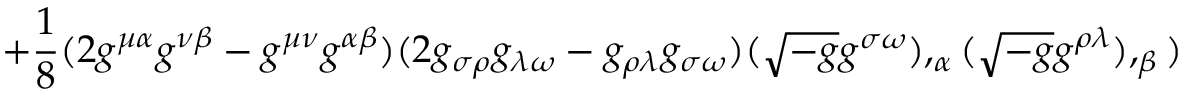
+ { \frac { 1 } { 8 } } ( 2 g ^ { \mu \alpha } g ^ { \nu \beta } - g ^ { \mu \nu } g ^ { \alpha \beta } ) ( 2 g _ { \sigma \rho } g _ { \lambda \omega } - g _ { \rho \lambda } g _ { \sigma \omega } ) ( { \sqrt { - g } } g ^ { \sigma \omega } ) , _ { \alpha } ( { \sqrt { - g } } g ^ { \rho \lambda } ) , _ { \beta } )